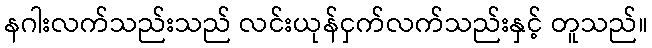
နဂါးလက်သည်းသည် လင်းယုန်ငှက်လက်သည်းနှင့် တူသည်။